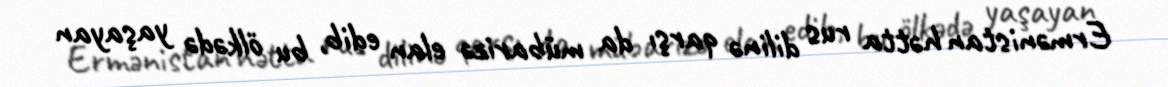
Ermənistan hətta rus dilinə qarşı da mübarizə elan edib, bu ölkədə yaşayan